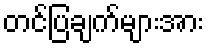
တင်ပြချက်များအား